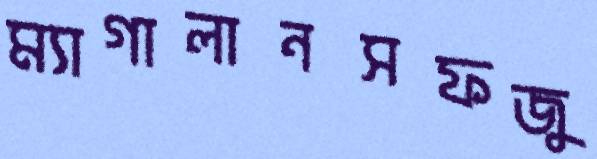
ম্যাগালানসফজু